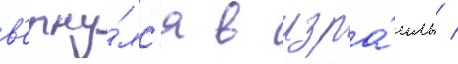
в'ерну́лс'я в изра́иль /